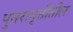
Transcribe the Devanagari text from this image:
पुनरावृत्तीतील